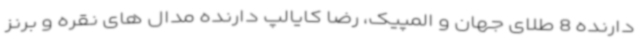
دارنده 8 طلای جهان و المپیک، رضا کایالپ دارنده مدال های نقره و برنز